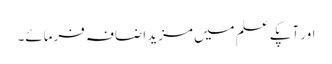
اور آپکے علم میں مزید اضافہ فرمائے۔